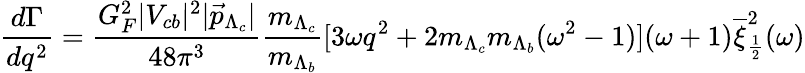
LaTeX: \frac{d\Gamma}{dq^{2}}=\frac{G_{F}^{2}|V_{cb}|^{2}|\vec{p}_{\Lambda_{c}}|}{48\pi^{3}}\frac{m_{\Lambda_{c}}}{m_{\Lambda_{b}}}[3\omega{}q^{2}+2m_{\Lambda_{c}}m_{\Lambda_{b}}(\omega^{2}-1)](\omega+1)\overline{{\xi}}_{\frac{1}{2}}^{2}(\omega)